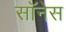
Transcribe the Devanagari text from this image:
सॉनेस